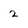
Character: 2